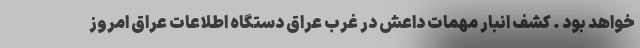
خواهد بود . کشف انبار مهمات داعش در غرب عراق دستگاه اطلاعات عراق امروز